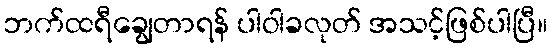
ဘက်ထရီချွေတာရန် ပါဝါခလုတ် အသင့်ဖြစ်ပါပြီ။